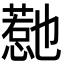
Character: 𭞱